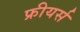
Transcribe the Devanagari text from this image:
फ्रीयर्स